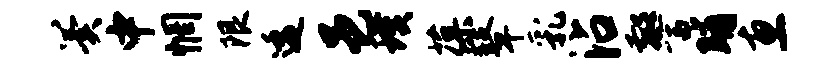
翼中惘限逶邑璞葆鼙乳沾警晡惠